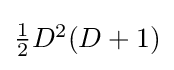
{\textstyle {\tfrac {1}{2}}D^{2}(D+1)}